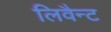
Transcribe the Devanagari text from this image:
लिवैन्ट